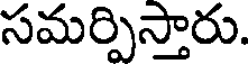
సమర్పిస్తారు.